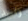
واحد